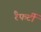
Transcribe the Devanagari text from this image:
रैफर्टी